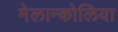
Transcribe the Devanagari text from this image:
मेलान्कोलिया